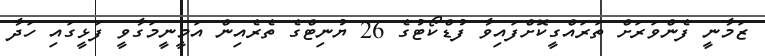
ޒަމާނީ ފެންވަރަށް ތަރައްގީކޮށްފައިވާ ފުޑްކޯޓުގެ 26 ޔުނިޓްގެ ތެރެއިން އަމީނީމަގާވީ ފަޅީގައި ހަދާ